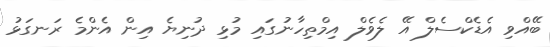
ބޭއްވި އެޑެކްސެލް އޭ ލެވެލް އިމްތިހާނުގައި މުޅި ދުނިޔެ އިން އެންމެ ރަނގަޅު